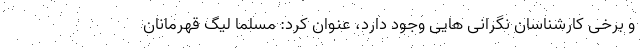
و برخی کارشناسان نگرانی هایی وجود دارد، عنوان کرد: مسلما لیگ قهرمانان